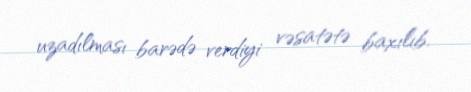
uzadılması barədə verdiyi vəsatətə baxılıb.